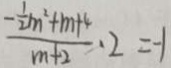
\frac { - \frac { 1 } { 2 } m ^ { 2 } + m + 4 } { m + 2 } \cdot 2 = - 1